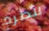
للطرد